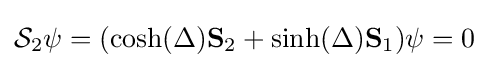
{\mathcal {S}}_{2}\psi =(\cosh(\Delta )\mathbf {S} _{2}+\sinh(\Delta )\mathbf {S} _{1})\psi =0